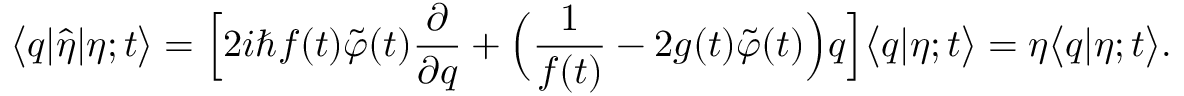
\bigl < q | \hat { \eta } | \eta ; t \bigr > = \Bigl [ 2 i \hbar f ( t ) \tilde { \varphi } ( t ) \frac { \partial } { \partial q } + \Bigl ( \frac { 1 } { f ( t ) } - 2 g ( t ) \tilde { \varphi } ( t ) \Bigr ) q \Bigr ] \bigl < q | \eta ; t \bigr > = \eta \bigl < q | \eta ; t \bigr > .